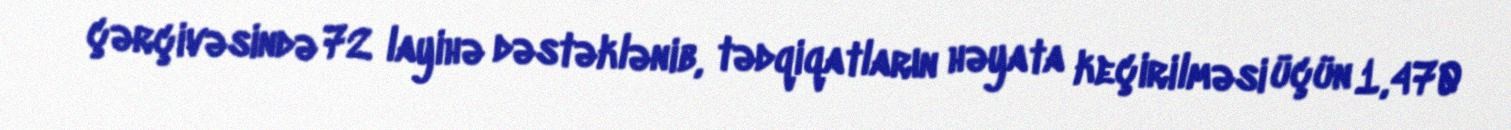
çərçivəsində 72 layihə dəstəklənib, tədqiqatların həyata keçirilməsi üçün 1,470